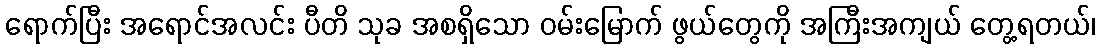
ရောက်ပြီး အရောင်အလင်း ပီတိ သုခ အစရှိသော ဝမ်းမြောက် ဖွယ်တွေကို အကြီးအကျယ် တွေ့ရတယ်၊